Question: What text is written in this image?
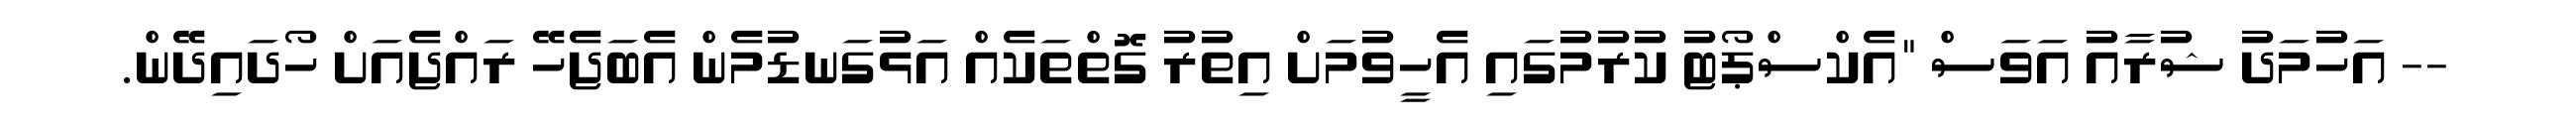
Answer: -- އަހުމަދު ޝުރާއު އަވަސް "އެކްސްޕޯޓު ކުރުމުގައި އެހީވުމަށް އިތުރު ގޮތްތަކެއް އަޅުގަނޑުމެން އެބަޖެހޭ ރައްޖެއަށް ހޯދައިދޭން.